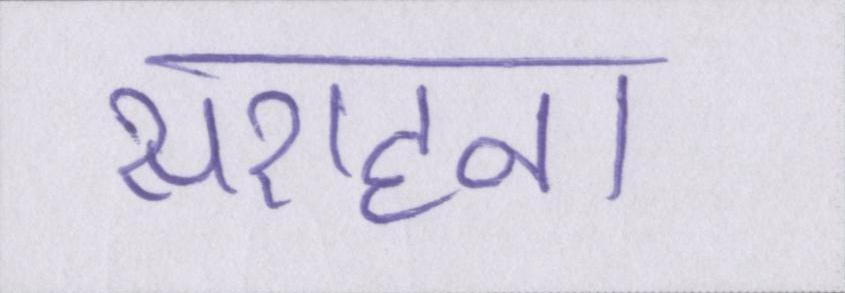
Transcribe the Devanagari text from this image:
सराहना